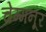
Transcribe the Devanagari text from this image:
चेम्मनूर